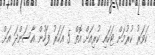
ކަވަރު ކުރުމަށް ޓަކައި ކުރިއަށް އޮތް 5 އަހަރު ފަހުން އާސަންދަ އަށް